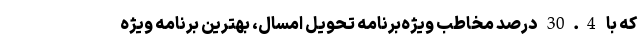
که با 30.4 درصد مخاطب ویژه‌برنامه تحویل امسال، بهترین برنامه ویژه